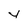
Character: y